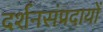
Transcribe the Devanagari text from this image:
दर्शनसंप्रदायों